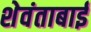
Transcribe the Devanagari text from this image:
शेवंताबाई